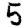
Digit: 5